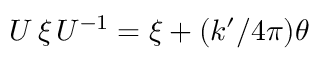
U \, \xi \, U ^ { - 1 } = \xi + ( k ^ { \prime } / 4 \pi ) \theta